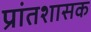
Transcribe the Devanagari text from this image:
प्रांतशासक